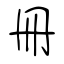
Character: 冊